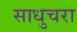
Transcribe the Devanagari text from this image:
साधुचरा